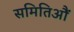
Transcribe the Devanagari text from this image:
समितिऔं